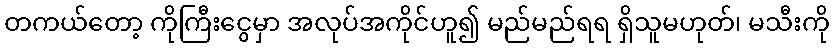
တကယ်တော့ ကိုကြီးငွေမှာ အလုပ်အကိုင်ဟူ၍ မည်မည်ရရ ရှိသူမဟုတ်၊ မသီးကို